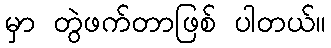
မှာ တွဲဖက်တာဖြစ် ပါတယ်။